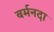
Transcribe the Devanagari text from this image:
बर्मनदा